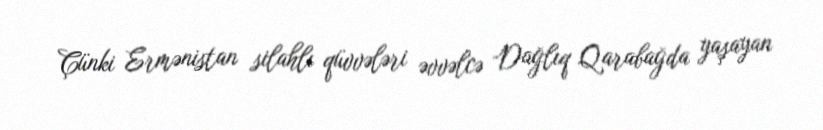
Çünki Ermənistan silahlı qüvvələri əvvəlcə Dağlıq Qarabağda yaşayan